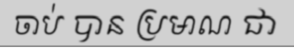
ចាប់ បាន ប្រមាណ ជា